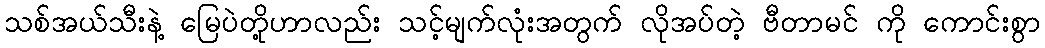
သစ်အယ်သီးနဲ့ မြေပဲတို့ဟာလည်း သင့်မျက်လုံးအတွက် လိုအပ်တဲ့ ဗီတာမင် ကို ကောင်းစွာ